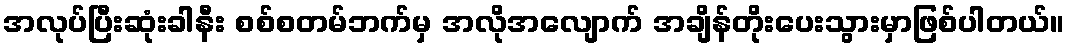
အလုပ်ပြီးဆုံးခါနီး စစ်စတမ်ဘက်မှ အလိုအလျောက် အချိန်တိုးပေးသွားမှာဖြစ်ပါတယ်။